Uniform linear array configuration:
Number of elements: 4
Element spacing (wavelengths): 0.25
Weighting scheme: hamming
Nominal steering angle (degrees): -60
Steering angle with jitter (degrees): -60.709
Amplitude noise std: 0.05
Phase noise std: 0.05

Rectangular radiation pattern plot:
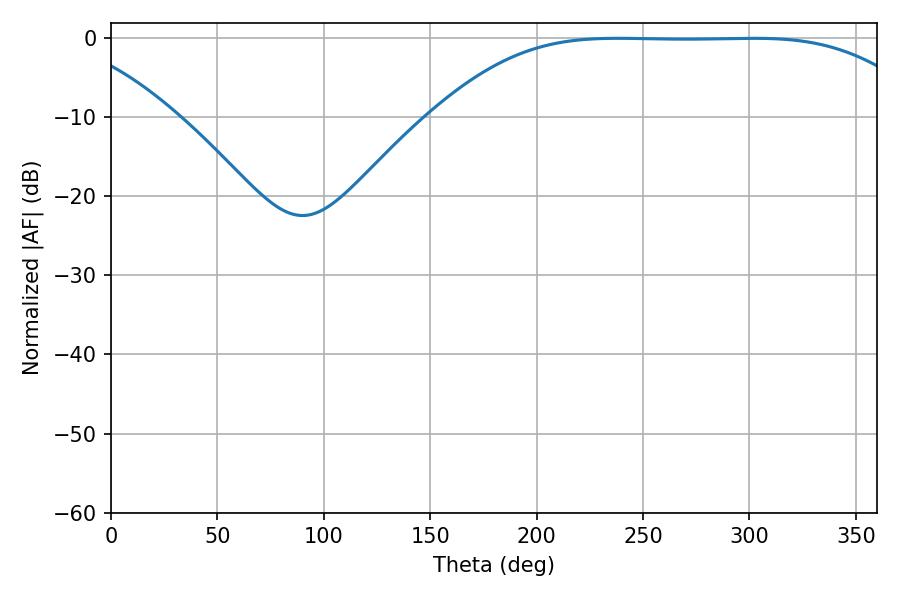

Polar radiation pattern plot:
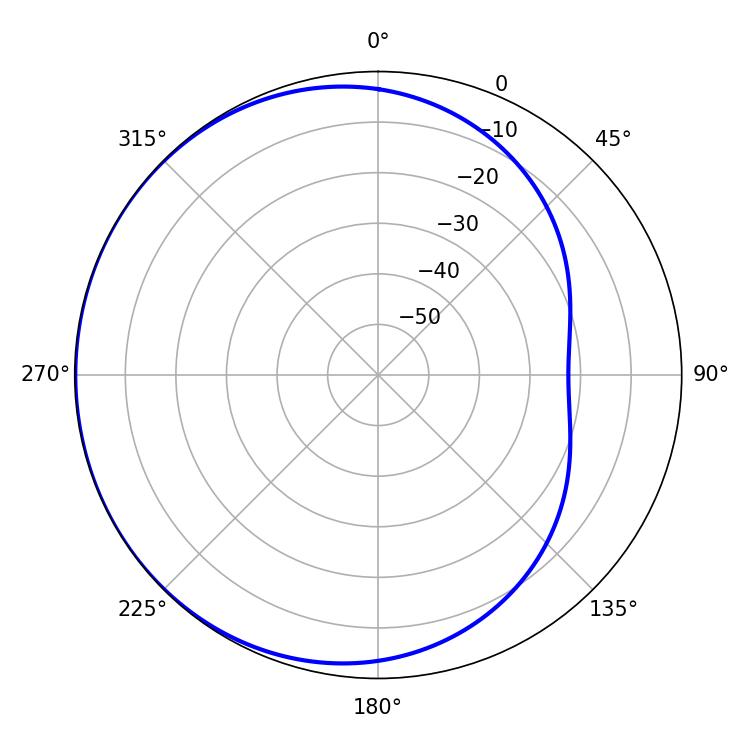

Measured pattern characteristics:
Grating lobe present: FALSE
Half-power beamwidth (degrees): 172.8
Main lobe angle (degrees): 238.32